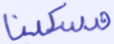
مسكينا